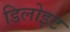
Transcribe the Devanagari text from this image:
डिलोइट